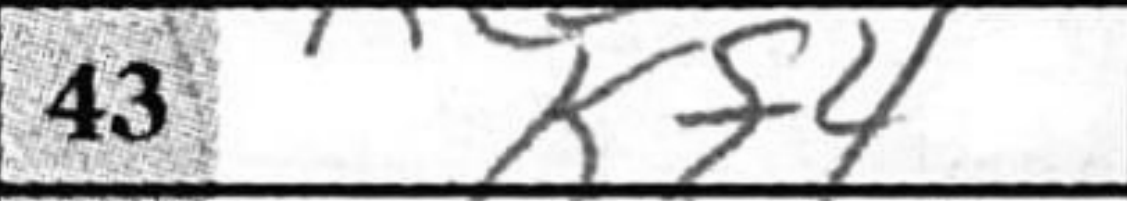
Transcription: Kf4